Triennial report on the lunatic asylums in the province of Eastern Bengal and Assam - 1903-1911
Year: 1903
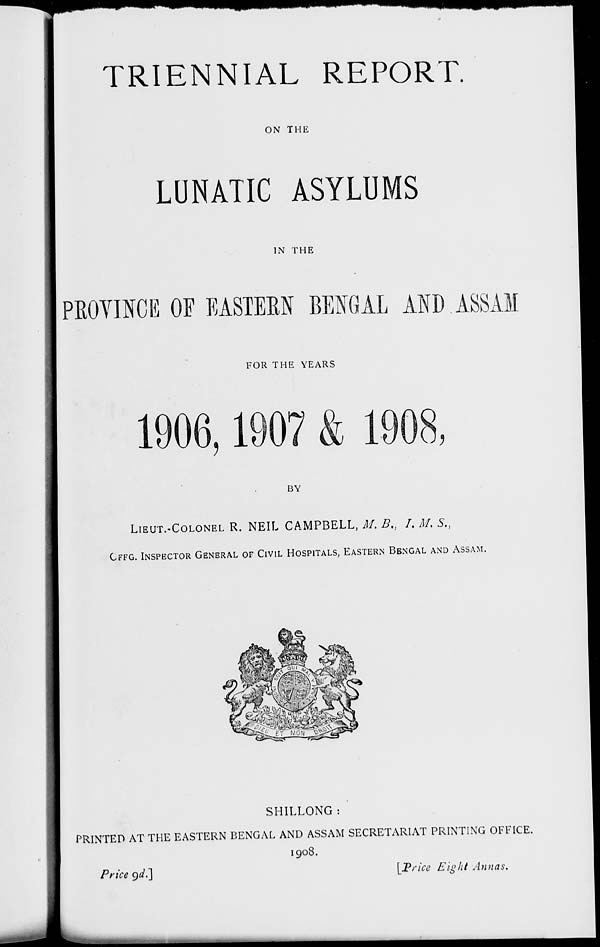
TRIENNIAL REPORT.
ON THE
LUNATIC ASYLUMS
IN THE
PROVINCE OF EASTERN BENGAL AND ASSAM
FOR THE YEARS
1906, 1907 & 1908,
BY
LIEUT.-COLONEL R. NEIL CAMPBELL, M. B., I. M. S.,
OFFG. INSPECTOR GENERAL OF CIVIL HOSPITALS, EASTERN BENGAL AND ASSAM.
SHILLONG :
PRINTED AT THE EASTERN BENGAL AND ASSAM SECRETARIAT PRINTING OFFICE.
1908.
Price 9d.]
[Price Eight Annas.